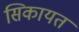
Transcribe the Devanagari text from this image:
सिकायत